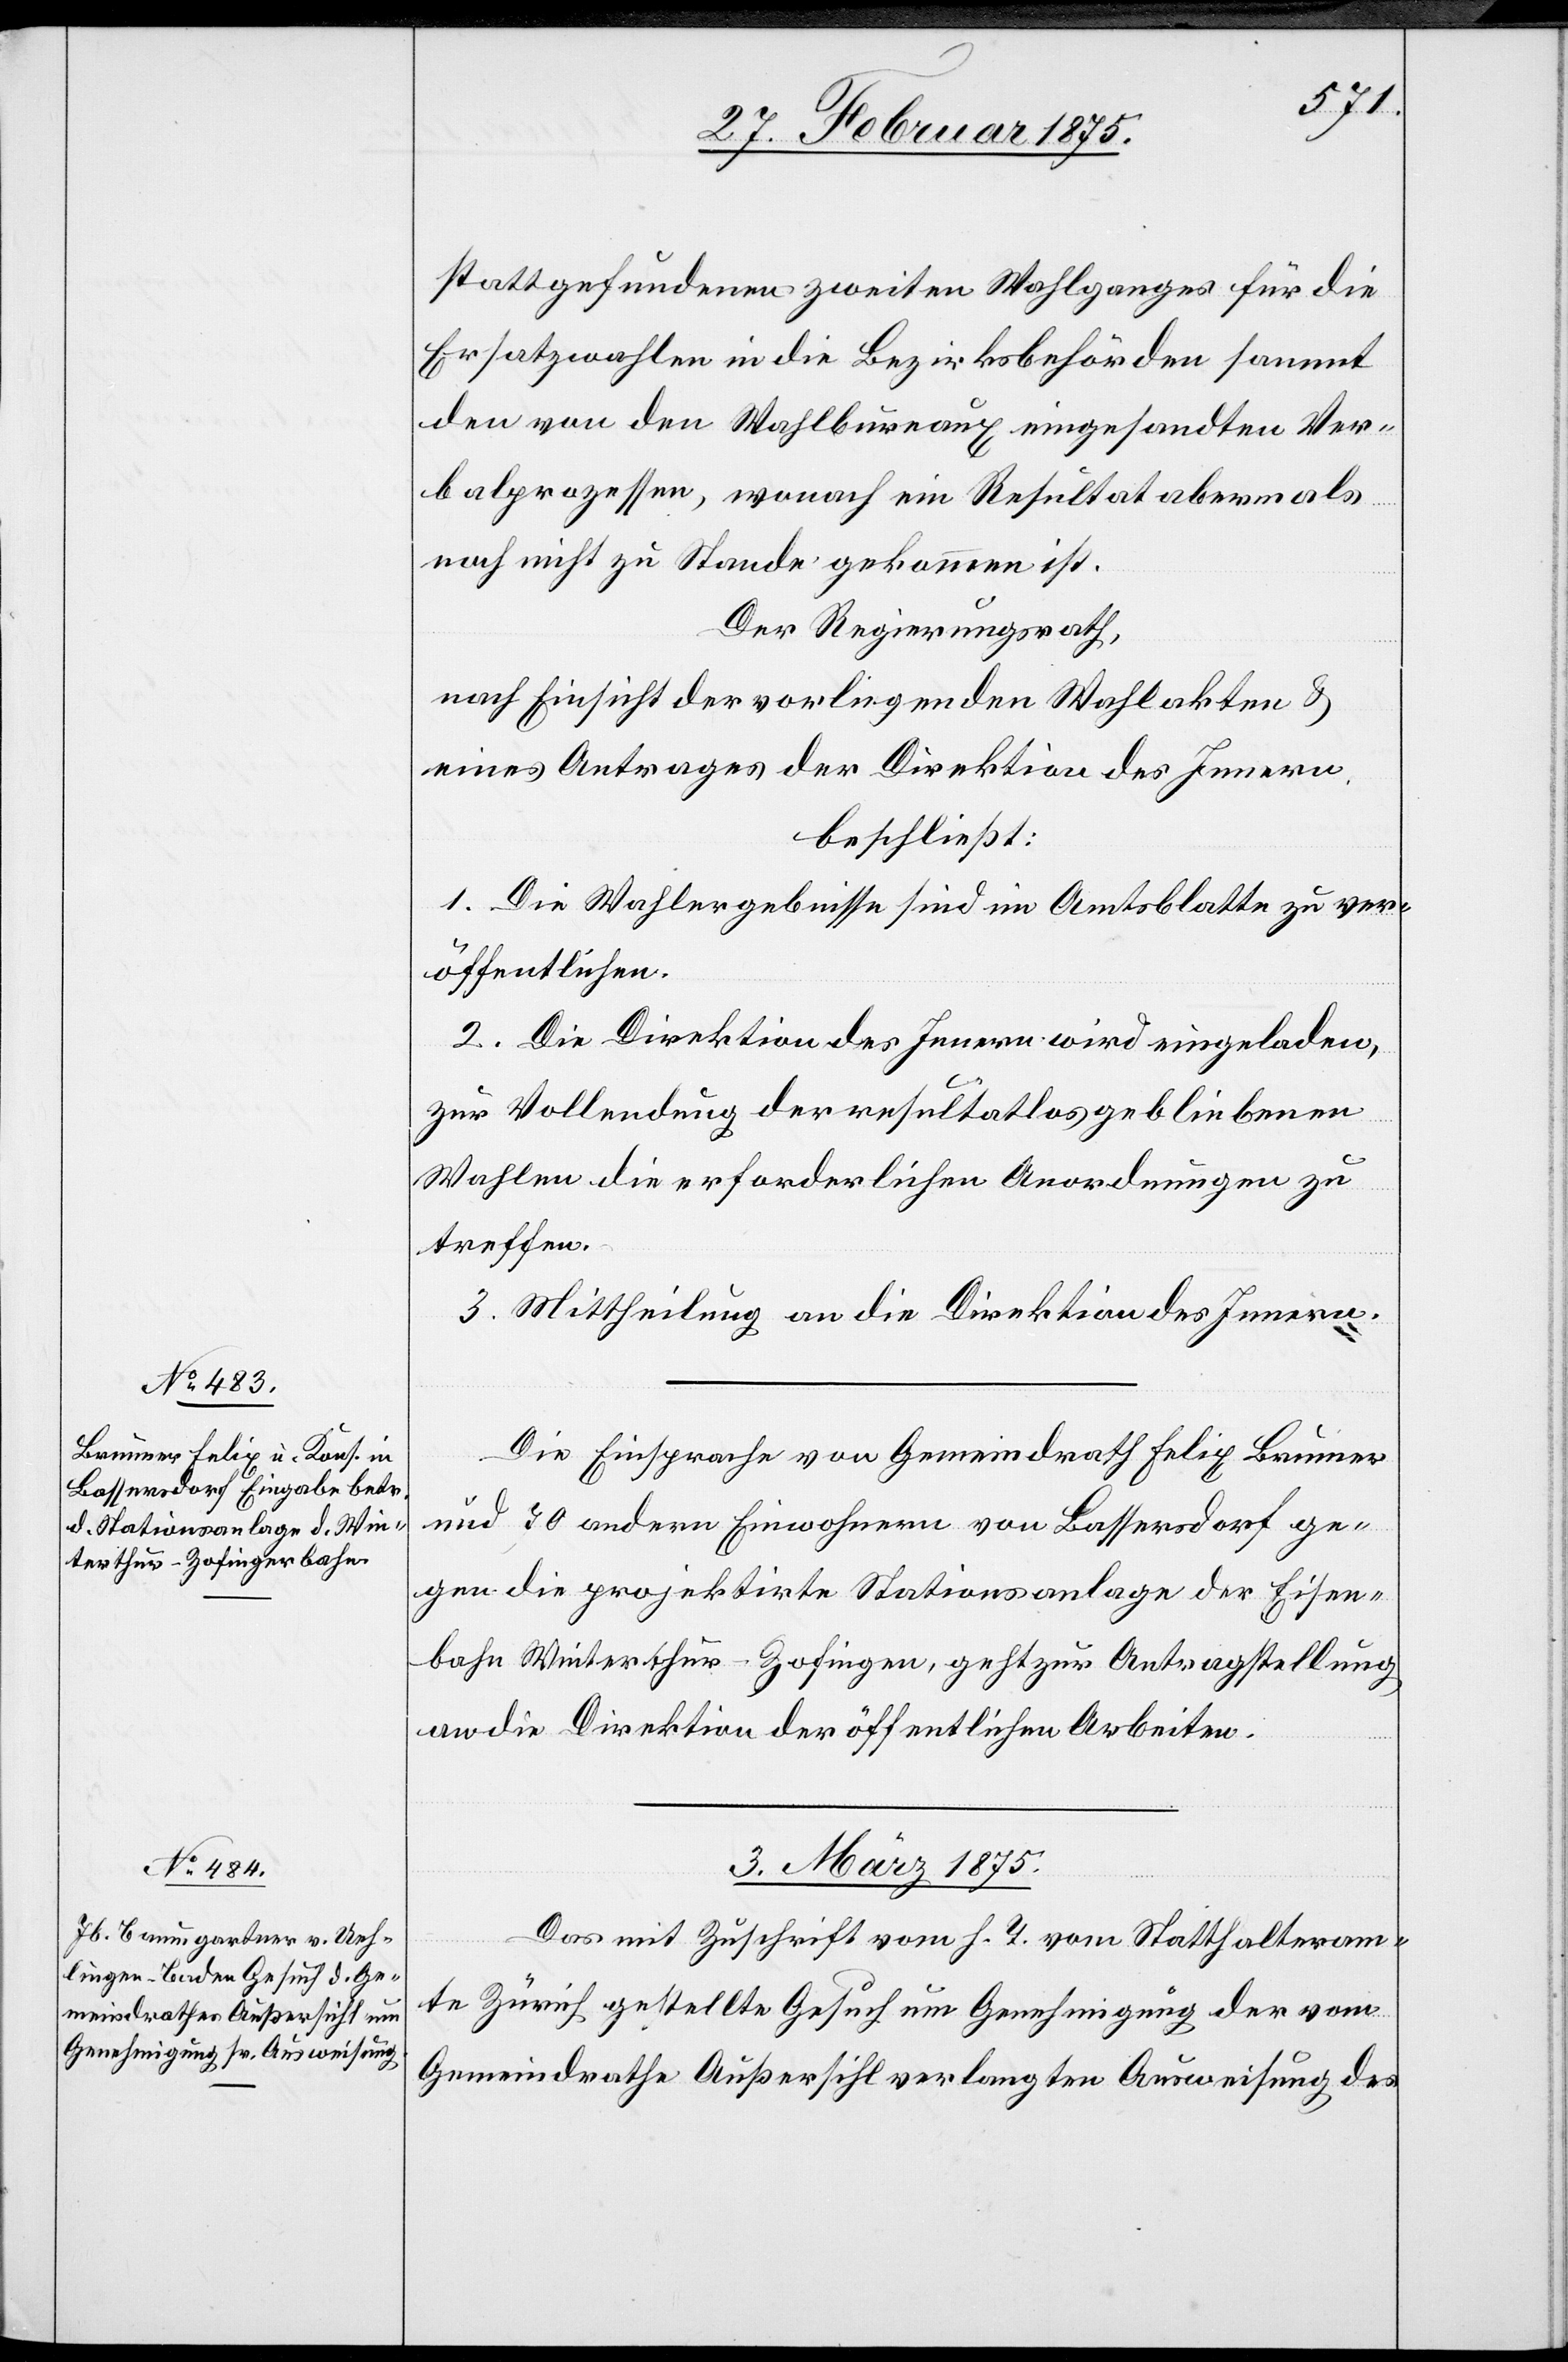
stattgefundenen zweiten Wahlganges für die
Ersatzwahlen in die Bezirksbehörden sammt
den von den Wahlbureaux eingesandten Ver¬
balprozessen, wonach ein Resultat abermals
noch nicht zu Stande gekommen ist.
Der Regierungsrath,
nach Einsicht der vorliegenden Wahlakten u.
eines Antrages der Direktion des Innern,
beschließt:
1. Die Wahlergebnisse sind im Amtsblatte zu ver¬
öffentlichen.
2. Die Direktion des Innern wird eingeladen,
zur Vollendung der resultatlos gebliebenen
Wahlen die erforderlichen Anordnungen zu
treffen.
3. Mittheilung an die Direktion des Innern.
Die Einsprache von Gemeindrath Felix Brunner
und 70 andern Einwohnern von Bassersdorf ge¬
gen die projektirte Stationsanlage der Eisen¬
bahn Winterthur-Zofingen, geht zur Antragstellung
an die Direktion der öffentlichen Arbeiten.
3. März 1875
Das mit Zuschrift vom h. T. vom Statthalteram¬
t Zürich gestellte Gesuch um Genehmigung der vom
Gemeindrathes Außersihl verlangten Ausweisung des